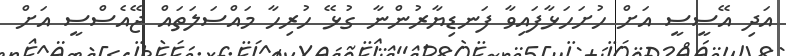
އަދި އޭސީސީ އަށް ހުށަހަޅާފައިވާ ފަނޑިޔާރުންނާ ގުޅޭ ހުރިހާ މައްސަލަތައް ޖޭއެސްސީ އަށް